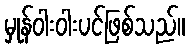
မှုန်ဝါးဝါးပင်ဖြစ်သည်။